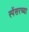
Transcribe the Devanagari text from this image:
स्पेंसरच्या